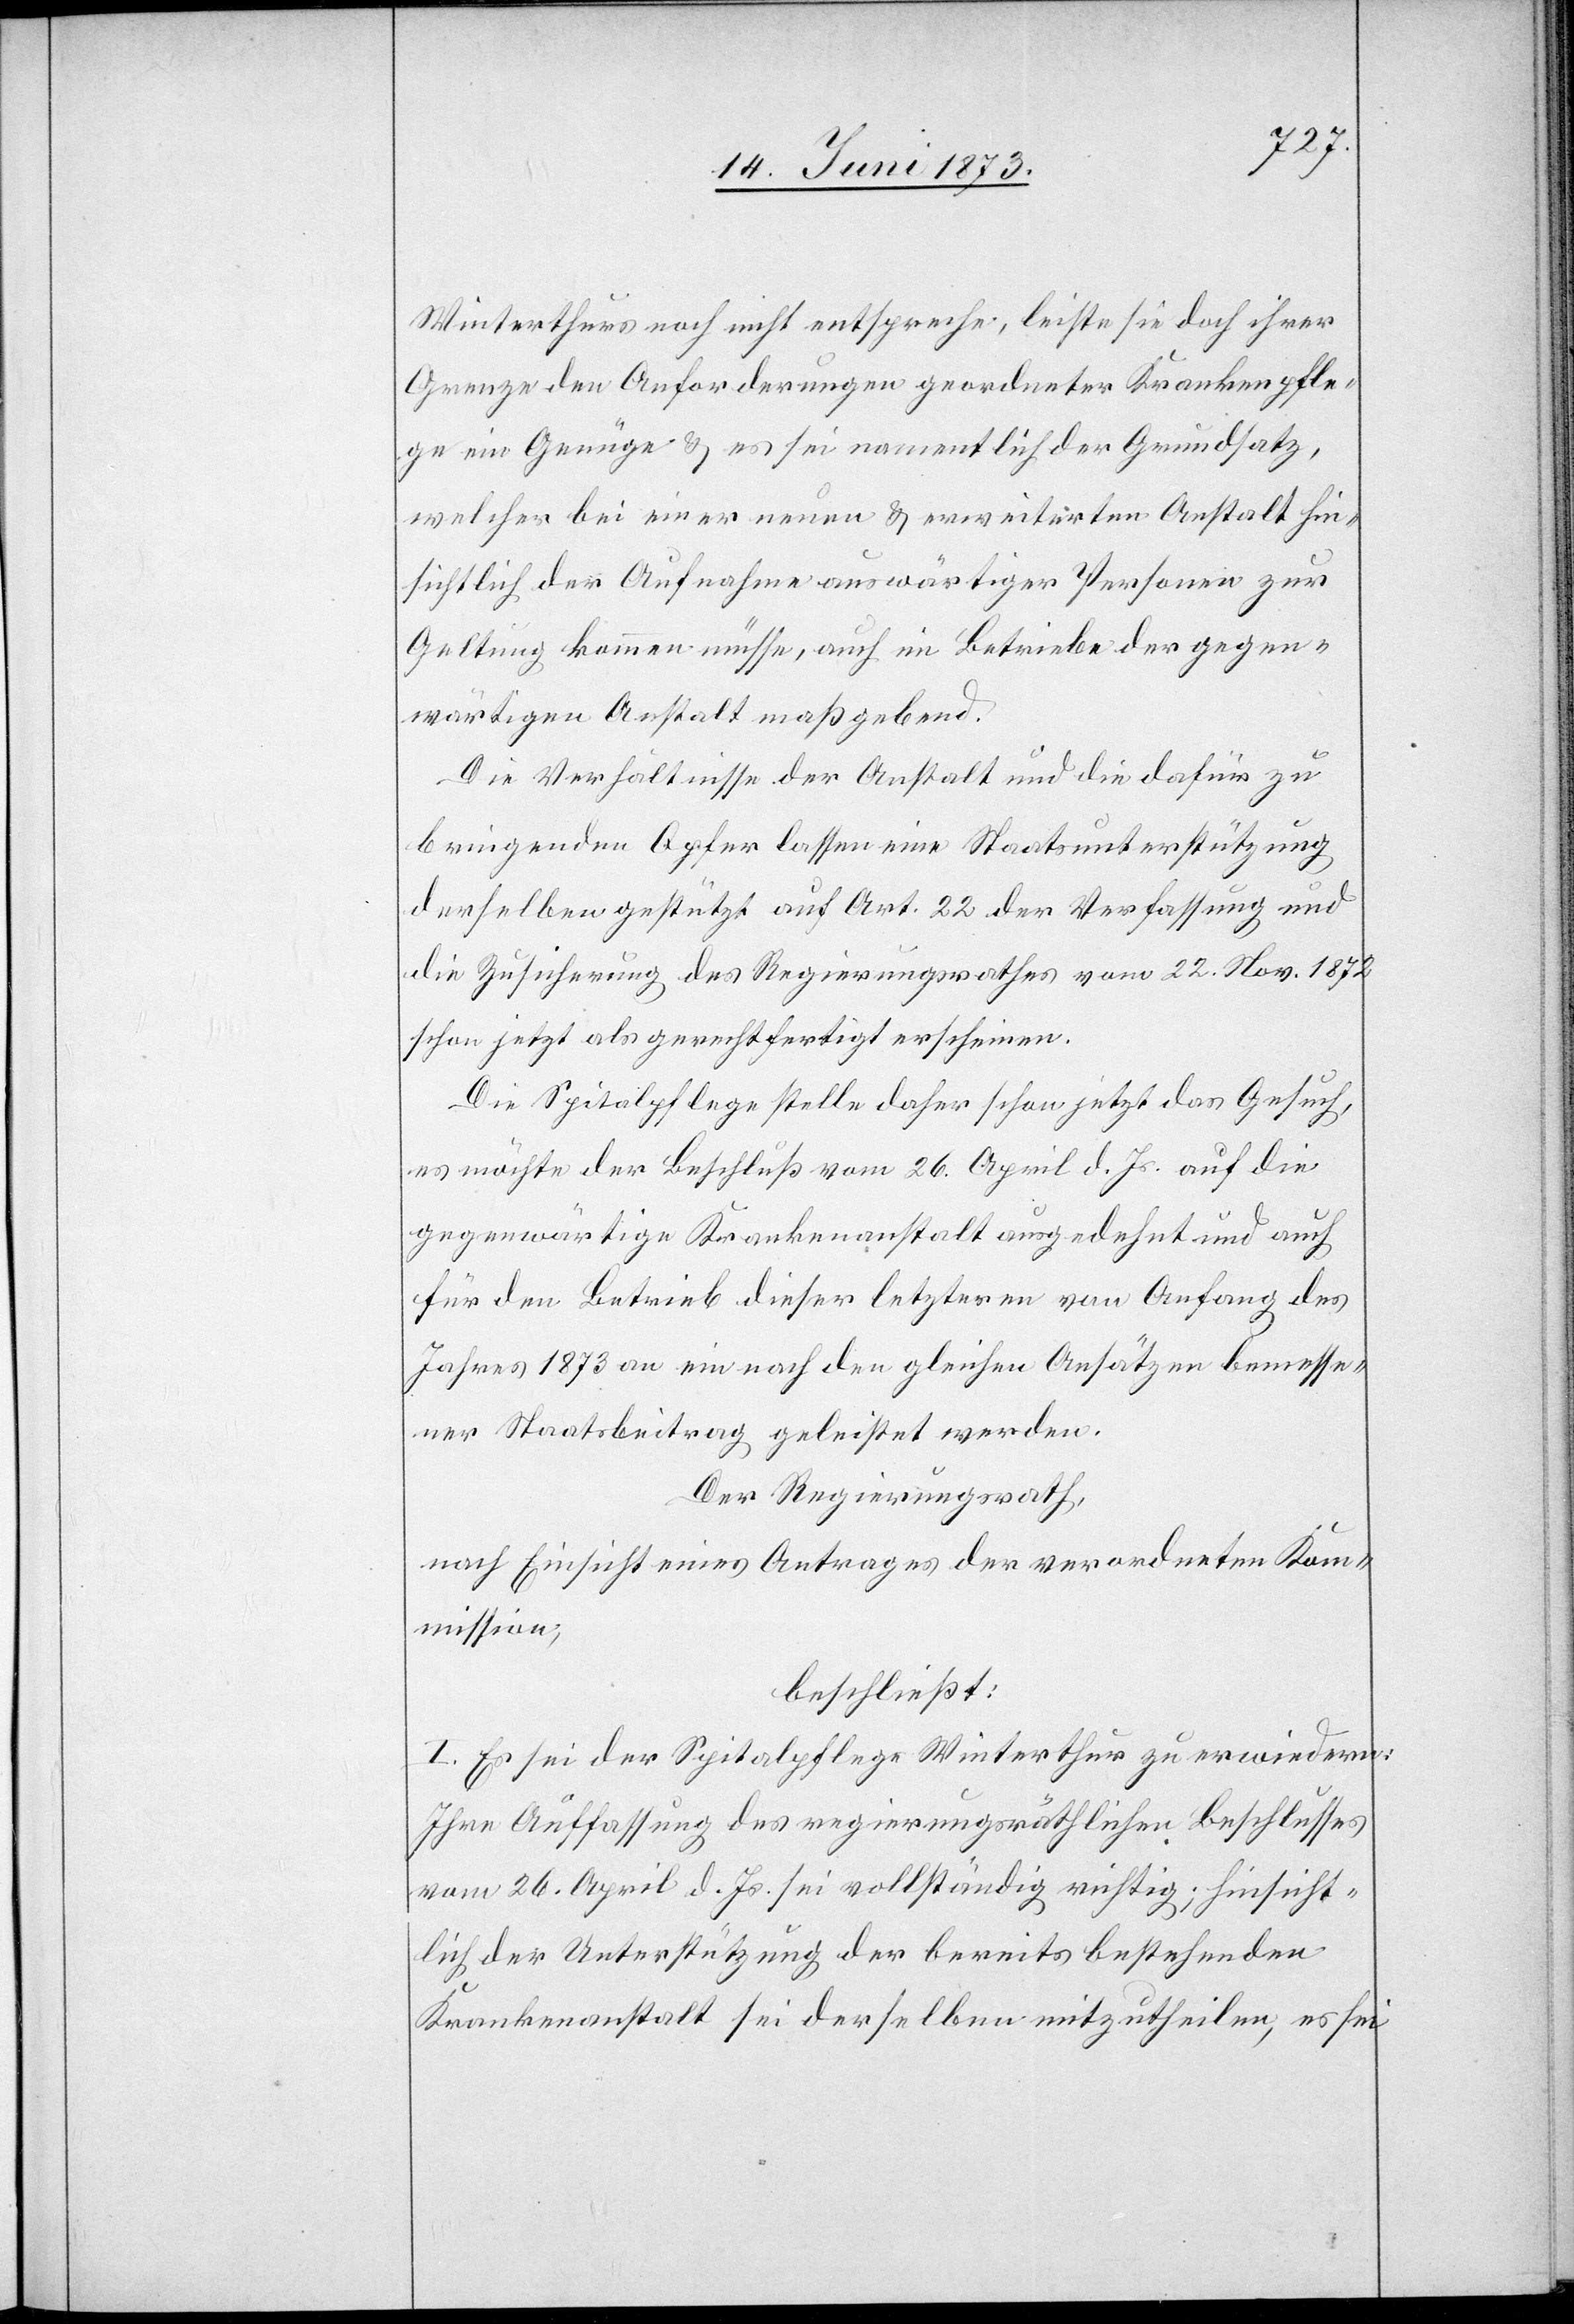
Winterthurs noch nicht entspreche, leiste sie doch ihrer
Grenze den Anforderungen geordneter Krankenpfle¬
ge ein Genüge [sic!] & es sei namentlich der Grundsatz,
welcher bei einer neuen & erweiterten Anstalt hin¬
sichtlich der Aufnahme auswärtiger Personen zur
Geltung kommen müsse, auch im Betriebe der gegen¬
wärtigen Anstalt maßgebend.
Die Verhältnisse der Anstalt und die dafür zu
bringenden Opfer lassen eine Staatsunterstützung
derselben gestützt auf Art. 22 der Verfassung und
die Zusicherung des Regierungsrathes vom 22. Nov. 1872
schon jetzt als gerechtfertigt erscheinen.
Die Spitalpflege stelle daher schon jetzt das Gesuch,
es möchte der Beschluß vom 26. April d. Js. auf die
gegenwärtige Krankenanstalt ausgedehnt und auch
für den Betrieb dieser letzteren von Anfang des
Jahres 1873 an ein nach den gleichen Ansätzen bemesse¬
ner Staatsbeitrag geleistet werden.
Der Regierungsrath,
nach Einsicht eines Antrages der verordneten Kom¬
mission,
beschließt:
I. Es sei der Spitalpflege Winterthur zu erwiedern:
Ihre Auffassung des regierungsräthlichen Beschlusses
vom 26. April d. Js. sei vollständig richtig, hinsicht¬
lich der Unterstützung der bereits bestehenden
Krankenanstalt sei derselben mitzutheilen, es sei